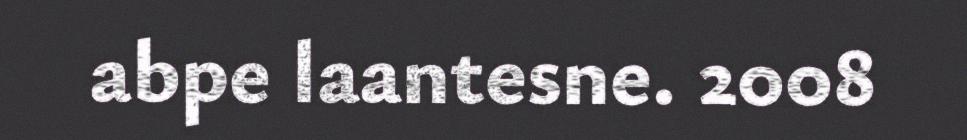
abpe laantesne. 2008